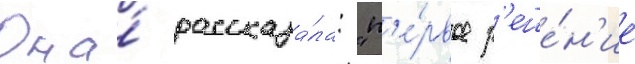
Она́ рассказа́ла: "п'е́рвое р'еше́н'ие